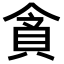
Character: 𮙿